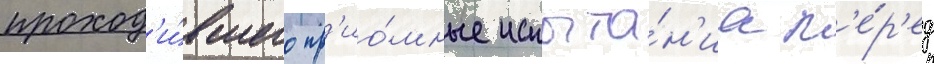
проход'и́вшего пр'ио́мные испыта́н'иа п'е́р'ед